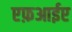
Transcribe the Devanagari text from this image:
एफ़आईए